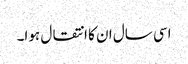
اسی سال ان کا انتقال ہوا۔